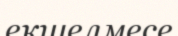
екшелмесе